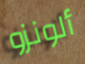
ألونزو